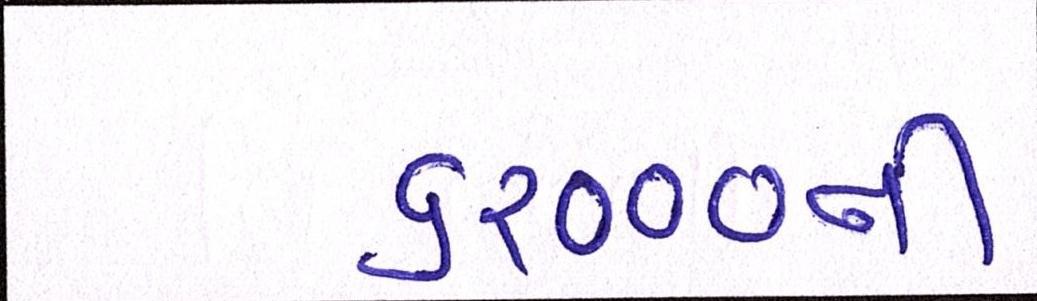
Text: ૬૨૦૦૦ની